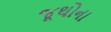
જૂથોના